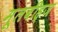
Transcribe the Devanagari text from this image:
मूलबीह्ज